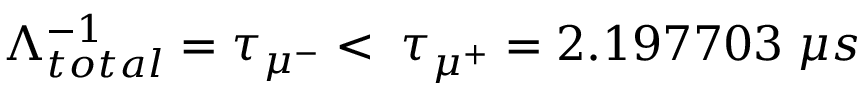
\Lambda _ { t o t a l } ^ { - 1 } = \tau _ { \mu ^ { - } } < \; \tau _ { \mu ^ { + } } = 2 . 1 9 7 7 0 3 \; \mu s